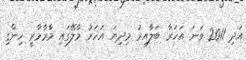
އަދި 2011 ވަނަ އަހަރާ ބަލާއިރު މިދިޔަ އަހަރު މާލޭގައި މާރާމާރީ ހިންގި